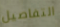
التفاصيل